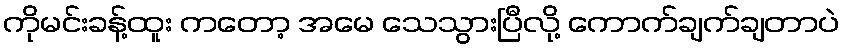
ကိုမင်းခန့်ထူး ကတော့ အမေ သေသွားပြီလို့ ကောက်ချက်ချတာပဲ